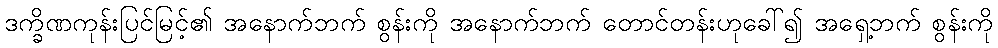
ဒက္ခိဏကုန်းပြင်မြင့်၏ အနောက်ဘက် စွန်းကို အနောက်ဘက် တောင်တန်းဟုခေါ်၍ အရှေ့ဘက် စွန်းကို